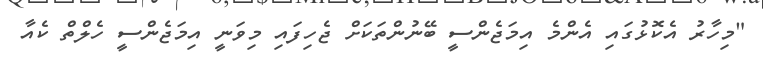
"މިހާރު އެކޮޅުގައި އެންމެ އިމަޖެންސީ ބޭނުންތަކަށް ޖެހިފައި މިވަނީ އިމަޖެންސީ ހެލްތް ކެއާ